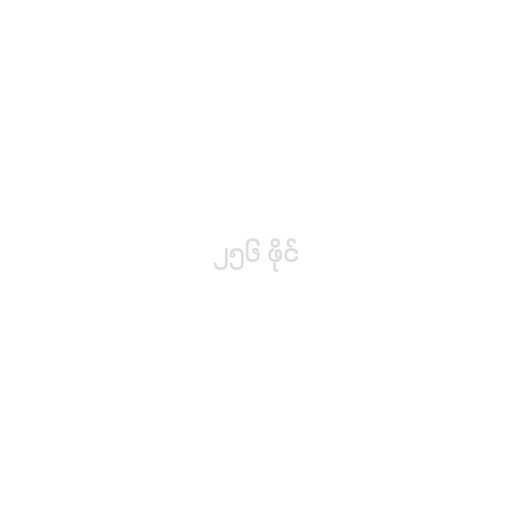
၂၅၆ ဖိုင်